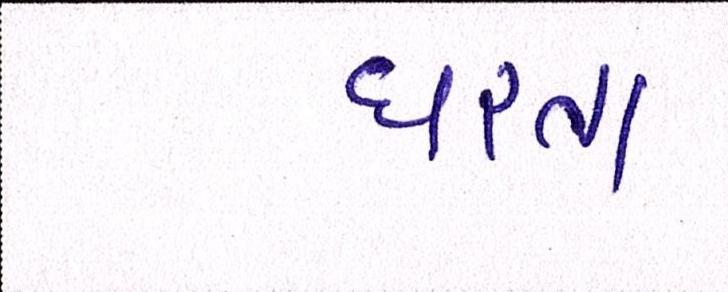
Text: ધરતા